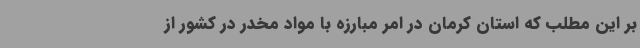
بر این مطلب که استان کرمان در امر مبارزه با مواد مخدر در کشور از